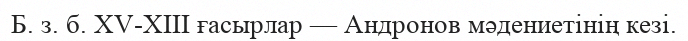
Б. з. б. XV-XIII ғасырлар — Андронов мәдениетінің кезі.